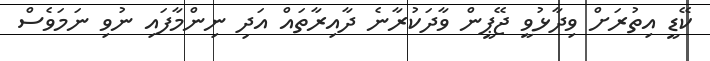
ކޭޑީ އިތުރަށް ވިދާޅުވީ ޖޭޕީން ވާދަކުރާނެ ދާއިރާތައް އަދި ނިންމާފައި ނުވި ނަމަވެސް